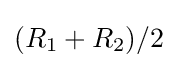
(R_{1}+R_{2})/2